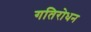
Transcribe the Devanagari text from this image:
गतिरोधन